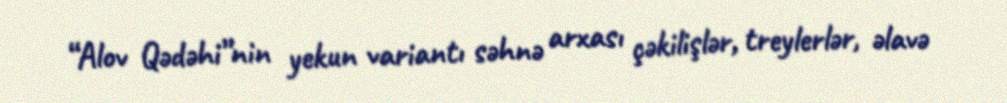
“Alov Qədəhi”nin yekun variantı səhnə arxası çəkilişlər, treylerlər, əlavə